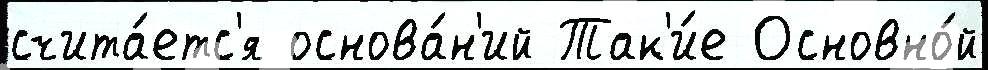
счита́етс'я основа́н'ий Так'и́е Основно́й